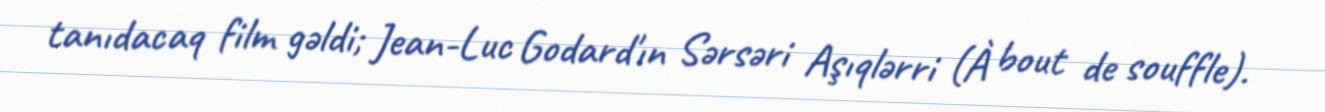
tanıdacaq film gəldi; Jean-Luc Godard'ın Sərsəri Aşıqlərri (À bout de souffle).